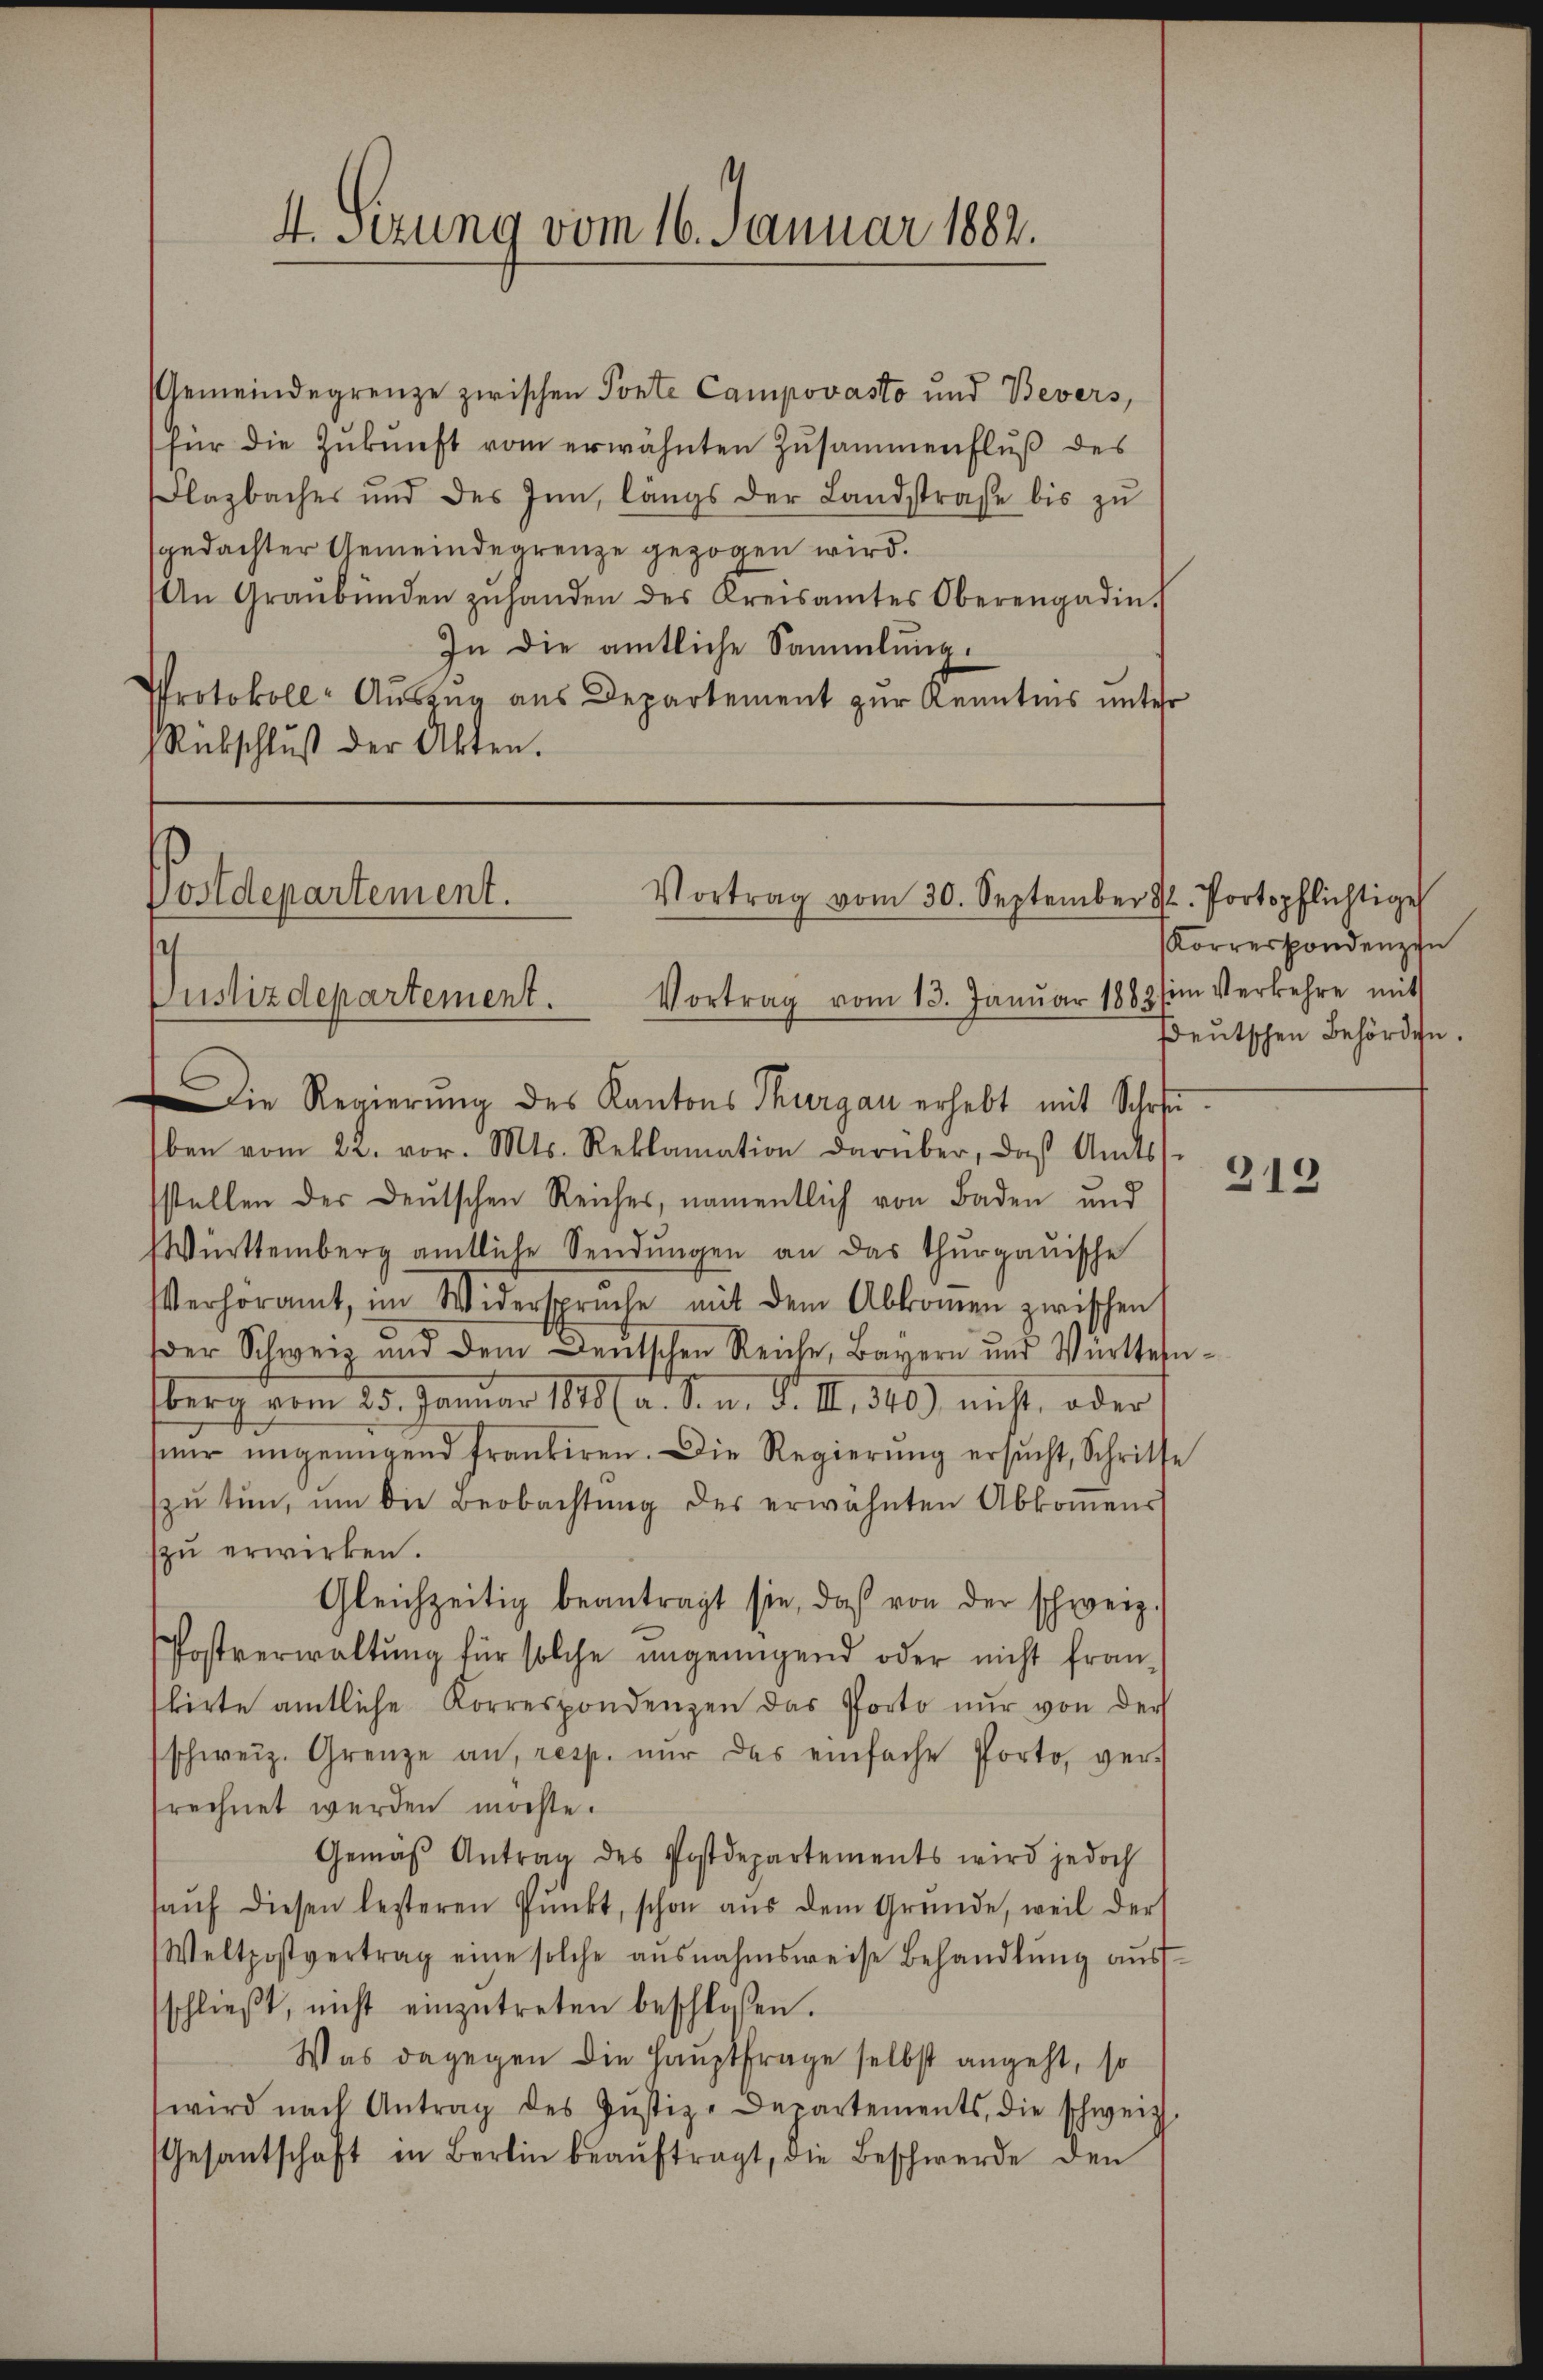
Gemeindegrenze zwischen Ponte Campovasto und Bevers,
für die Zŭkŭnft vom erwähnten Zŭsammenflŭβ des
Flazbaches und des Inn, längs der Landstrafe bis zŭ
sgedachter Gemeindearenze gezogen wird.
An Graubünden zŭhanden des Kreisamtes Oberengadin.
In die amtliche Sammlung.
PProtokoll-Auszug aus Departement zur Kenntnis unter
Rübschlŭβ der Akten.

4. Setzung vom 16. Januar 1882.

Postdepartement.
Vortrag vom 30. September d. Portopflichtige
Vortrag vom 13. Janŭar 1883 im Verkehre mit
Justizdepartement.
Die Regierŭng des Kantons Thurgau erhebt mit Schre

Korrespondenzin
sdeutschen Behörden.

ben vom 22. vor. Mts. Reklamation darüber, das Amtss
sstellen der Deutschen Reiches, namentlich von Baden und
Württemberg amtliche Sendŭngen an das Thurgauische
sVerhöramt, im Widersprüche mit dem Abkommen zwischen
der Schweiz und dem Deutschen Reiche, Bayern und Württern-
berg vom 25. Januar 1878 (a. S. n. F. II., 340) nicht, oder
r ŭngenügend frankiren. Die Regierŭng ersŭcht, Schritte
zŭ tun, um die Beobachtŭng des erwähnten Abkommens
zŭ erwirken.
Gleichzeitig beantragt sie, daβ von der schweiz.
Postverwaltung für solche angenügend oder nicht fran-
biete amtliche Korrespondenzen das Porto nur von der
schweiz. Grenze an, resp. nur das einfache Porto, verrechnet werden möchte.
Gemäβ Antrag des Postdepartements wird jedoch
aŭf diesen lezteren Pŭnkt, schon aŭs dem Gründe, weil der
Weltpostvertrag eine solche ausnahmsweise Behandlŭng aŭs-
schlieβt, nicht einzŭtreten beschlossen.
Was dagegen die Hauptfrage selbst angeht, so
wird nach Antrag des Jŭstiz-Departements, die schweiz.
Gesantschaft in Berlin beaŭftragt, die Beschwerde den

313